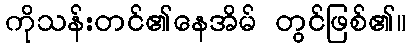
ကိုသန်းတင်၏နေအိမ် တွင်ဖြစ်၏။